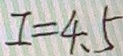
I = 4 . 5